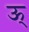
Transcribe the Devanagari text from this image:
ऊ्